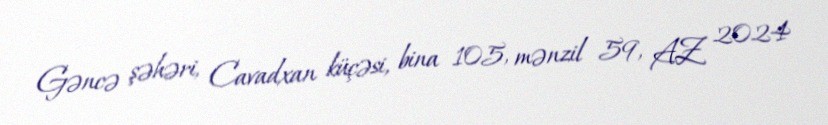
Gəncə şəhəri, Cavadxan küçəsi, bina 105, mənzil 59, AZ 2024